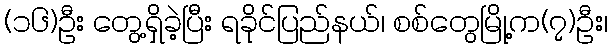
(၁၆)ဦး တွေ့ရှိခဲ့ပြီး ရခိုင်ပြည်နယ်၊ စစ်တွေမြို့က(၇)ဦး၊